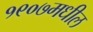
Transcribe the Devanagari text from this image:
१९०७मधील